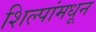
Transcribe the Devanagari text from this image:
शिल्पांमधून